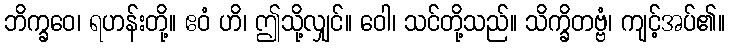
ဘိက္ခဝေ၊ ရဟန်းတို့။ ဧဝံ ဟိ၊ ဤသို့လျှင်။ ဝေါ၊ သင်တို့သည်။ သိက္ခိတဗ္ဗံ၊ ကျင့်အပ်၏။